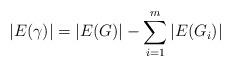
LaTeX: \begin{align*}\vert E(\gamma) \vert = \vert E(G) \vert - \sum_{i=1}^m \vert E(G_i) \vert\end{align*}